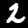
Label: 2